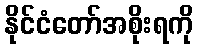
နိုင်ငံတော်အစိုးရကို